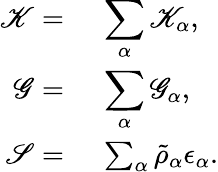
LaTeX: \begin{array}{rl}{\mathscr{K}=}&{{}~\displaystyle\sum_{\alpha}\mathscr{K}_{\alpha},}\\ {\mathscr{G}=}&{{}~\displaystyle\sum_{\alpha}\mathscr{G}_{\alpha},}\\ {\mathscr{S}=}&{{}~\sum_{\alpha}\tilde{\rho}_{\alpha}\epsilon_{\alpha}.}\end{array}